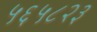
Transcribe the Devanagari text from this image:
५६५८२३